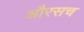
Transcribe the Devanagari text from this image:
औरसच